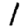
Digit: 1